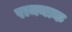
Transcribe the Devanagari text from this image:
रामनाक